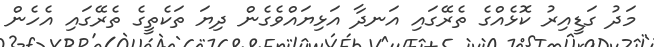
މަދު ގަޑީއިރު ކޮޅެއްގެ ތެރޭގައި އަނދާ އަޅިޔައްވެގެން ދިޔަ ތަކެތީގެ ތެރޭގައި އެހެން